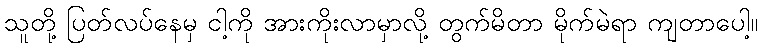
သူတို့ ပြတ်လပ်နေမှ ငါ့ကို အားကိုးလာမှာလို့ တွက်မိတာ မိုက်မဲရာ ကျတာပေါ့။